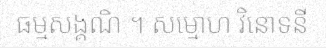
ធម្មសង្គណិ ។ សម្មោហ វិនោទនី